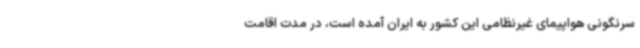
سرنگونی هواپیمای غیرنظامی این کشور به ایران آمده است، در مدت اقامت